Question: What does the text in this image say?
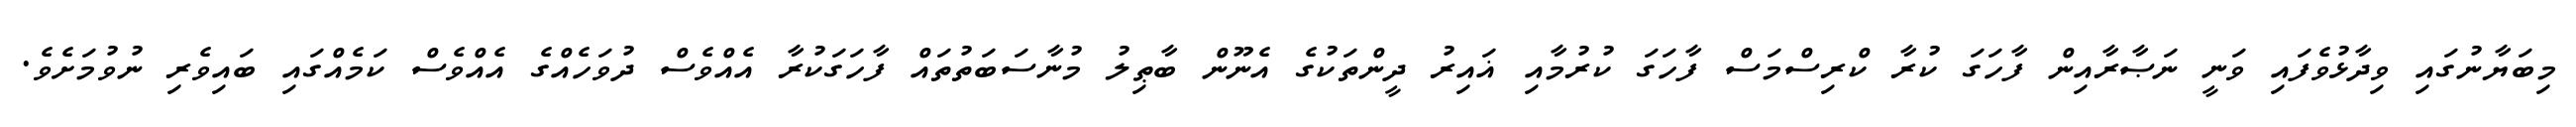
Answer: މިބަޔާނުގައި ވިދާޅުވެފައި ވަނީ ނަޞާރާއިން ފާހަގަ ކުރާ ކްރިސްމަސް ފާހަގަ ކުރުމާއި ޣައިރު ދީންތަކުގެ އެނޫން ބާޠިލު މުނާސަބަތުތައް ފާހަގަކުރާ އެއްވެސް ދުވަހެއްގެ އެއްވެސް ކަމެއްގައި ބައިވެރި ނުވުމަށެވެ.